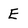
Character: E